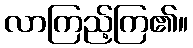
လာကြည့်ကြ၏။